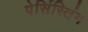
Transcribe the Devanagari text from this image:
पेर्सिस्तिंग